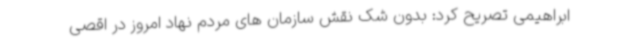
ابراهیمی تصریح کرد: بدون شک نقش سازمان های مردم نهاد امروز در اقصی